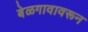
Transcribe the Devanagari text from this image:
बेळगावावरून